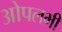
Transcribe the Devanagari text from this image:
ओपलभी